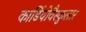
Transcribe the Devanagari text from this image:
कार्डियोवैस्कुलार